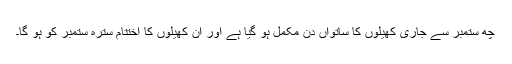
چھ ستمبر سے جاری کھیلوں کا ساتواں دِن مکمل ہو گیا ہے اور اِن کھیلوں کا اختتام سترہ ستمبر کو ہو گا۔